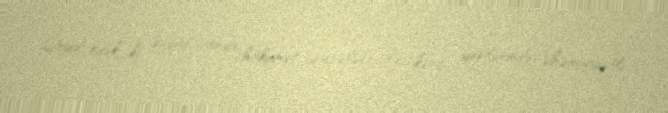
Qeyd edək ki, Əfqanıstanda hökumət qüvvələri ilə kənd yerlərində əhəmiyyətli